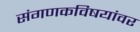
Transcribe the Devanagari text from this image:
संगणकविषयांवर